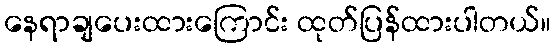
နေရာချပေးထားကြောင်း ထုတ်ပြန်ထားပါတယ်။